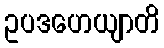
ဥပဒဟေယျာတိ